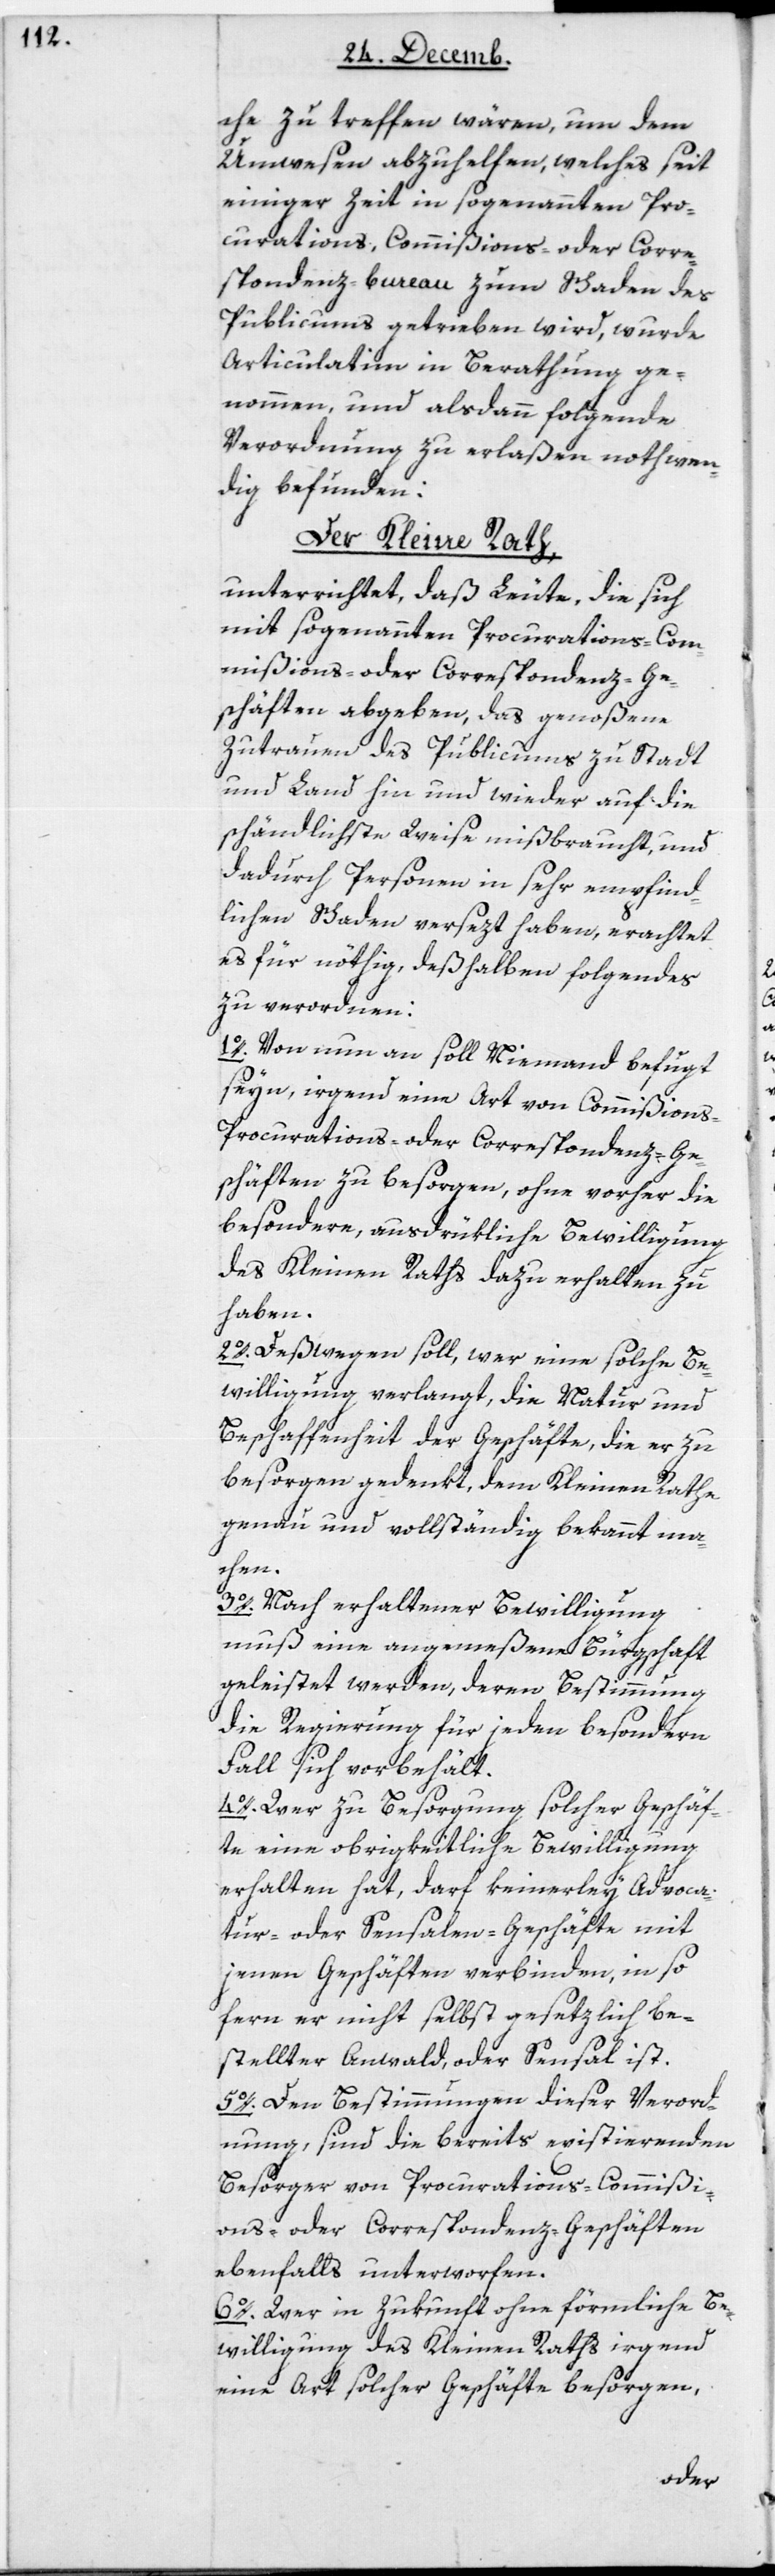
che zu treffen wären, um dem
Unwesen abzuhelfen, welches seit
einiger Zeit in sogenannten Pro¬
curations-, Commißions- oder Corre¬
spondenz-bureau zum Schaden des
Publicums getrieben wird, wurde
articulatim in Berathung ge¬
nommen, und alsdann folgende
Verordnung zu erlaßen nothwen¬
dig befunden:
Der Kleine Rath
unterrichtet, daß Leute, die sich
mit sogenannten Procurations-, Com¬
mißions- oder Correspondenz-Ge¬
schäften abgeben, das genoßene
Zutrauen des Publicums zu Stadt
und Land hin und wieder auf die
schändlichste Weise mißbraucht, und
dadurch Personen in sehr empfind¬
lichen Schaden versezt haben, erachtet
es für nöthig, deshalben Folgendes
zu verordnen:
1. Von nun an soll Niemand befugt
sein, irgend eine Art von Commißions-,
Procurations- oder Correspondenz-Ge¬
schäften zu besorgen, ohne vorher die
besondere, ausdrükliche Bewilligung
des Kleinen Raths dazu erhalten zu
haben.
2. Deswegen soll, wer eine solche Be¬
willigung verlangt, die Natur und
Beschaffenheit der Geschäfte, die er zu
besorgen gedenkt, dem Kleinen Rathe
genau und vollständig bekannt ma¬
chen.
3. Nach erhaltener Bewilligung
muß eine angemeßene Bürgschaft
geleistet werden, deren Bestimmung
die Regierung für jeden besondern
Fall sich vorbehält.
4. Wer zu Besorgung solcher Geschäf¬
te eine obrigkeitliche Bewilligung
erhalten hat, darf keinerley Advoca¬
tur- oder Sensalen-Geschäfte mit
jenen Geschäften verbinden, in so
fern er nicht selbst gesetzlich be¬
stellter Anwalt, oder Sensal ist.
5. Den Bestimmungen dieser Verord¬
nung sind die bereits existierenden
Besorger von Procurations-, Commißi¬
ons- oder Correspondenz-Geschäften
ebenfalls unterworfen.
6. Wer in Zukunft ohne förmliche Be¬
willigung des Kleinen Raths irgend
eine Art solcher Geschäfte besorgen,